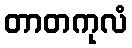
တာတကုလံ